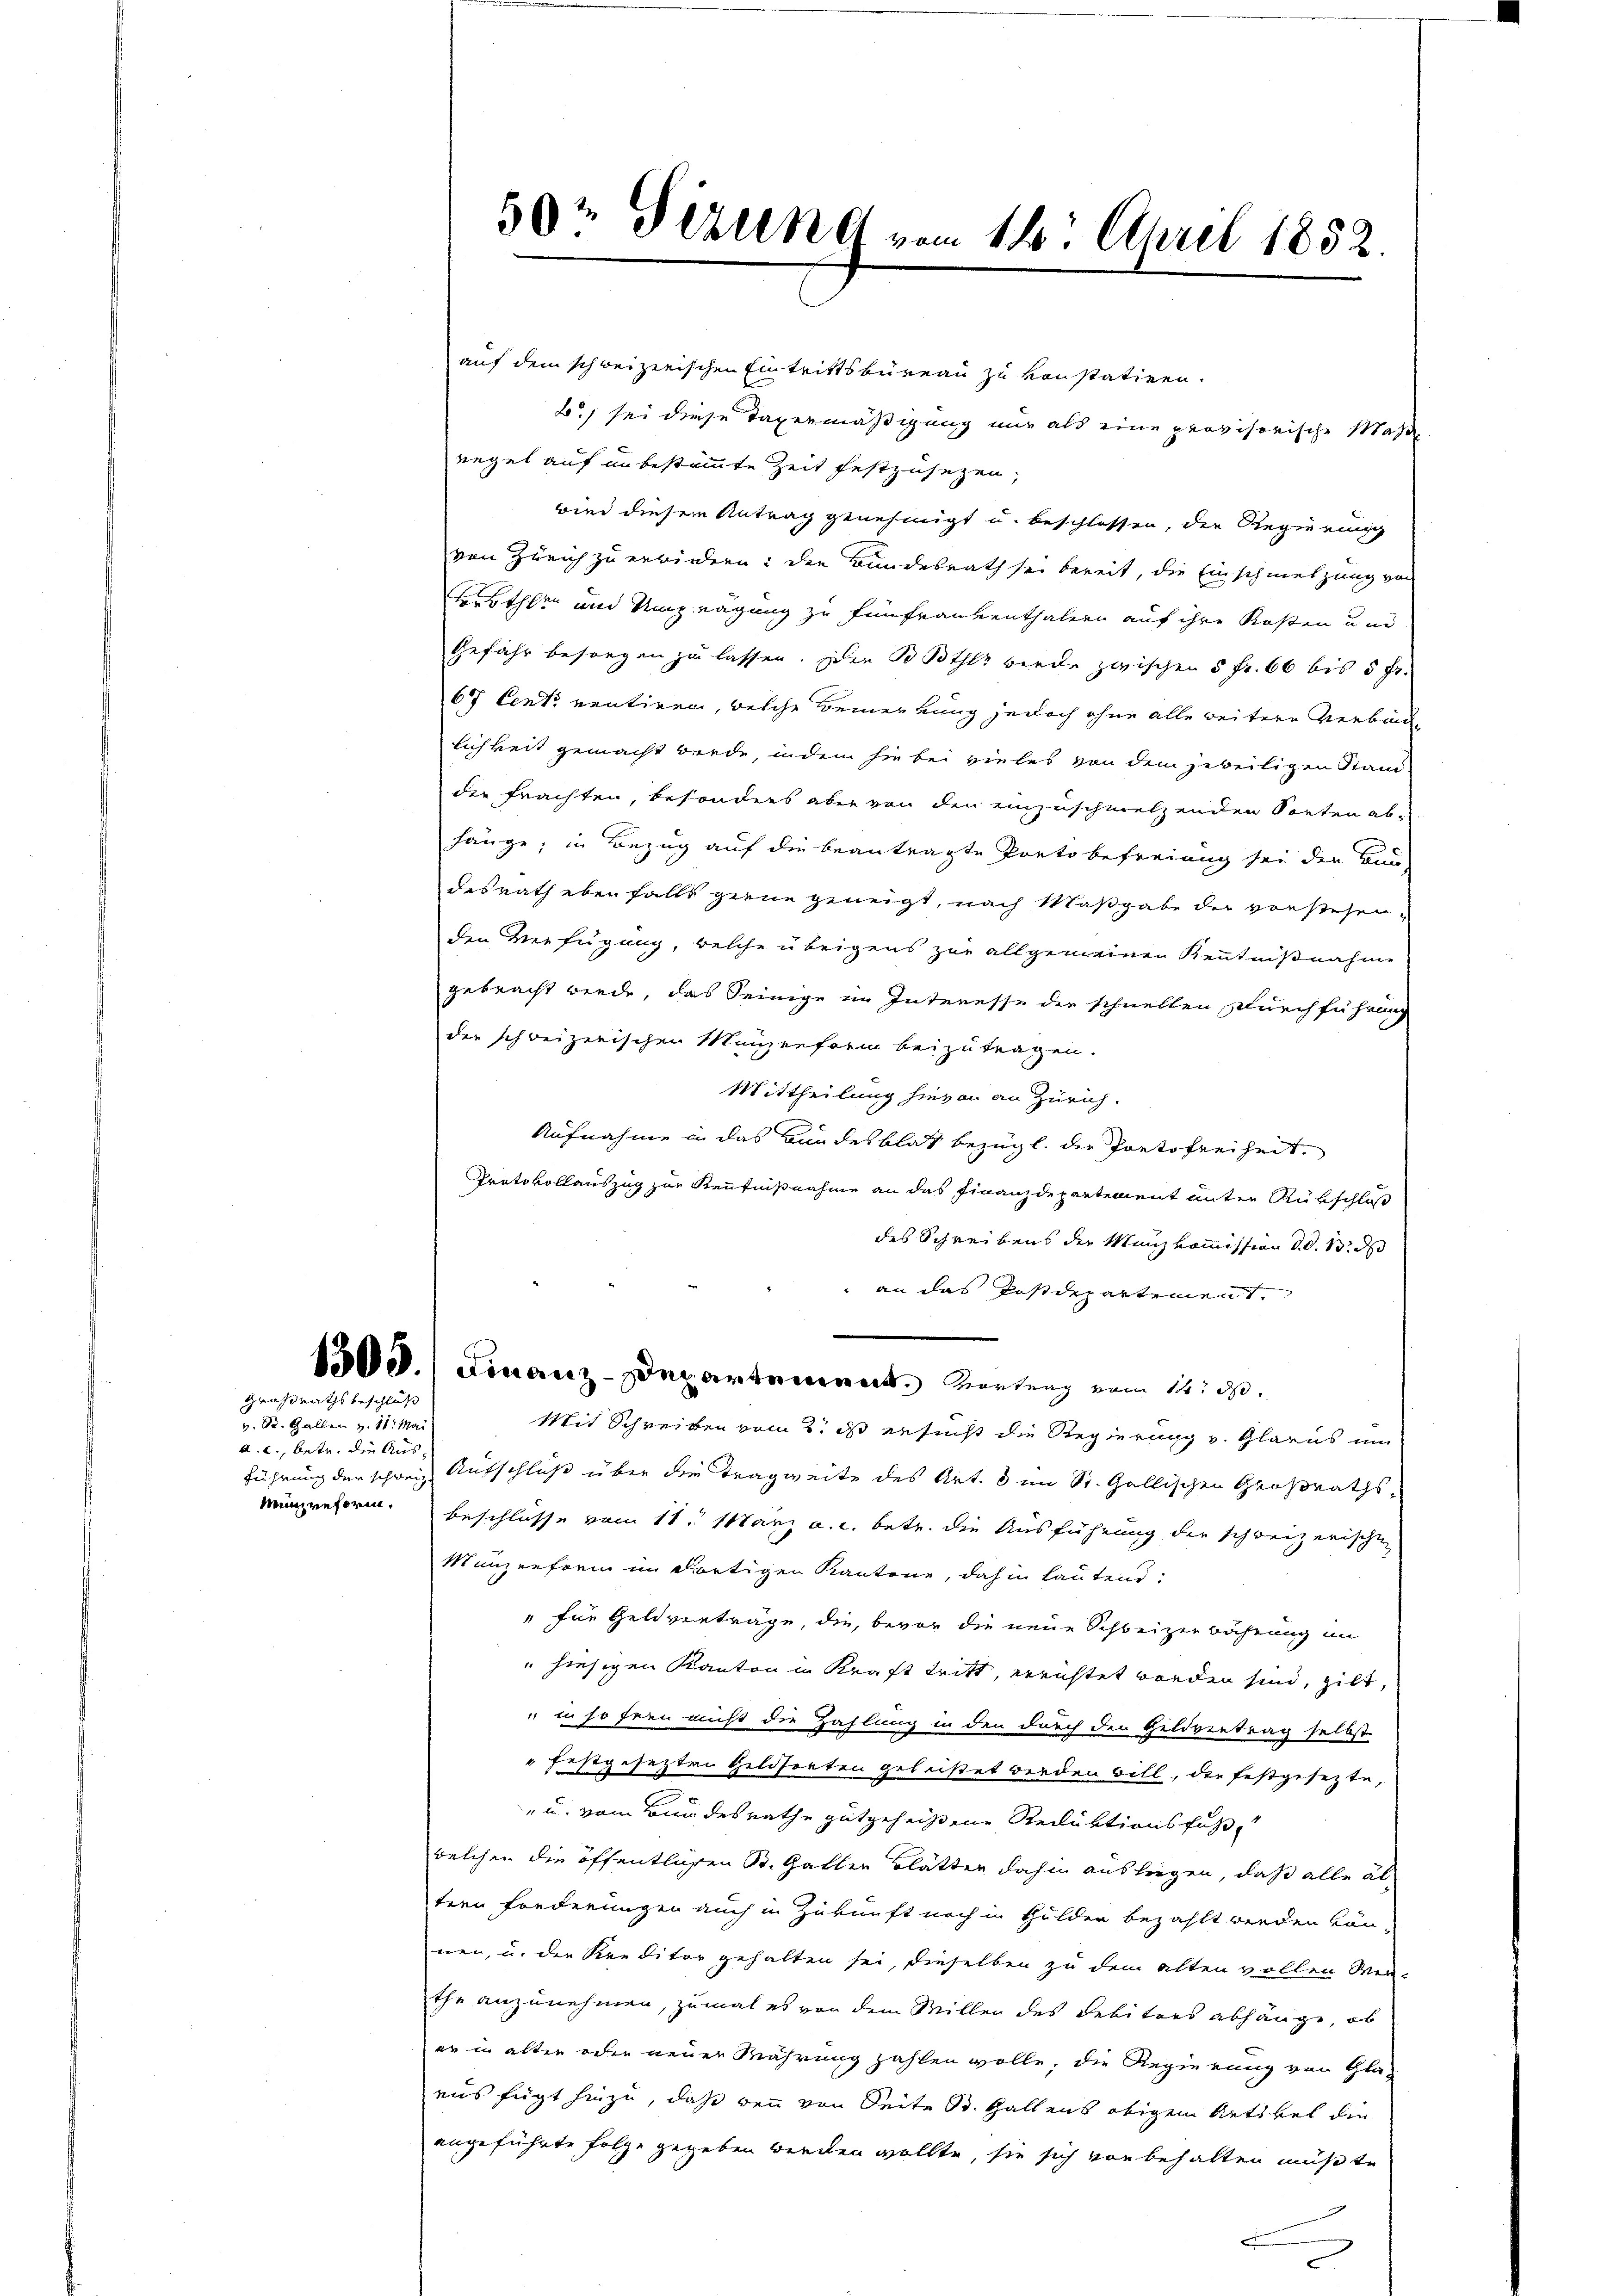
Großrathsbeschluß

v. Dr. Gallen v. 11. Mai
a. c., betr. die Aus¬

59t Firung vom 14. April 1852.

auf dem schweizerischen Eintrittsbureau zu konstatiren.
B.) sei diese Taxermäßigung nur als eine provisorische Maße
regel auf unbestimmte Zeit festzusezen,
wird diesem Antrag genehmigt u. beschlossen, der Regierung
von Zürich zu erwindern: den Bundesrath sei bereit, die Einschmetzung von
terther und Umgrägung zu fünfraubenthalern auf ihre Kosten und
Gefähr besorgen zu lassen. Der Boths werde zwischen 5 Fr. 66 bis 5 fr.
67 Cent ventiren, welche Bemerkung jedoch ohne alle weitern Verbind
lichkeit gemacht werde, indem sie bei vieles von dem jeweiligen Stand
der frachten, besonders aber von den einzuschmelzenden Sorten ab-
hänge, in Bezug auf die beantragte Ponto befreiung sei der Bau-
desrath ebenfalls gerne geneigt, nach Maßgabe der vorstehen-
den Verfügung, welche übrigens zur allgemeinen Kenntnißnahme
gebracht wiede, das Seinige im Interesse der schnellen Durchführung
der schweizerischen Manzenform beizutragen.
Mittheilung hievon an Zürich.
Aufnahme in das Bundesblat bezügl. der Portofreiheit.
Protokollauszug zur Kenntnißnahme an das Finanzdepartement unter Ausschloß
des Schreibens der Manzkommission 10. 13. ds
 an das Postdepartement.
1500.) Finanz-Departement. Kretung vom 12. ds.
Mit Schreiben vom 2. ds ersucht die Regierung v. Glarus um
führung der schweiz. Aufschluß über die Tragweite des Art. 8 im St. Gallischen Großraths-
münzenform. Beschlüsse vom 11. März a. c. betr. die Ausführung der schweizerischen
Manzenform in dortigen Kantone, dahin lautend:
" für Geldverträge, die, bevor die neue Schweizerbahrung im
" hiesigen Kanton in Kraft tritt, errichtet worden sind, gilt,
" in so fern nicht die Zahlung in den durch den Geldvertrag selbst
" festgesezten Geldsorten geleistet werden bill, die festgesezte,
" u. vom Bundesrathe gutgeheißene Reduktionsfuß
welchen die öffentlichen St. Gallen Blätter dahin austrigen, daß alle al
tern Fonderungen auch in Zukunft noch in Gulden bezahlt werden kön-
nen, u. der Kreditor gehalten sei, dieselben zu dem alten vollen Ver-
the anzunehmen, zumal es von dem Millen des Debitors abhänge, ob
er in alten oder neuer Währung zahlen wolle, die Regierung von Glaaus fügt hinzu, daß wenn von Seite St. Gallens obigem Artikel die
angeführte Folge gegeben werden wollte, sie sich von behalten müßte,